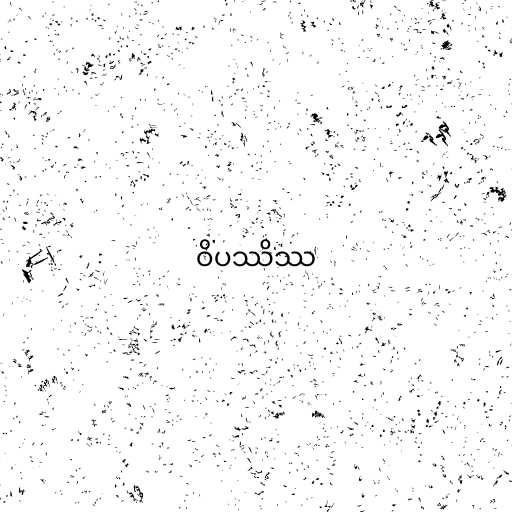
ဝိပဿိဿ